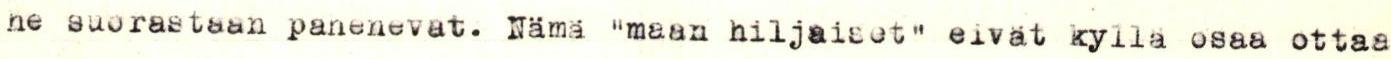
ne suorastaan pahenevat. Nämä "maan hiljaiset" eivät kyllä osaa ottaa